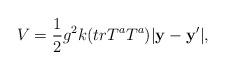
LaTeX: \begin{align*}V = \frac{1}{2}g^2 k(trT^a T^a )|\bf y - {\bf y^\prime} |, \end{align*}